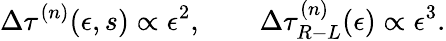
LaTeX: \Delta\tau^{(n)}(\epsilon,s)\propto\epsilon^{2},\qquad\Delta\tau_{R-L}^{(n)}(\epsilon)\propto\epsilon^{3}.